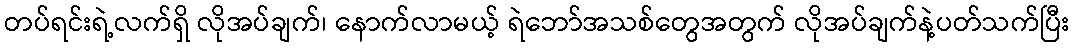
တပ်ရင်းရဲ့လက်ရှိ လိုအပ်ချက်၊ နောက်လာမယ့် ရဲဘော်အသစ်တွေအတွက် လိုအပ်ချက်နဲ့ပတ်သက်ပြီး